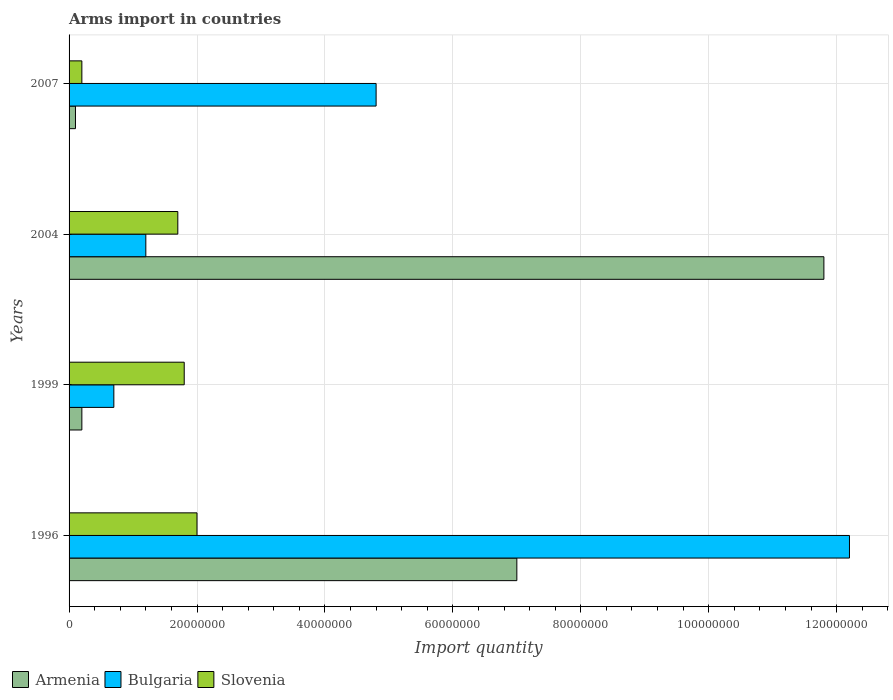
| Years | Armenia | Bulgaria | Slovenia |
 | --- | --- | --- | --- |
 | 1996 | 7e+07 | 1.22e+08 | 2e+07 |
 | 1999 | 2e+06 | 7e+06 | 1.8e+07 |
 | 2004 | 1.18e+08 | 1.2e+07 | 1.7e+07 |
 | 2007 | 1e+06 | 4.8e+07 | 2e+06 |